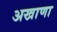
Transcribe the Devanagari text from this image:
अखाणा